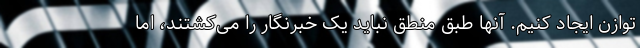
توازن ایجاد کنیم. آنها طبق منطق نباید یک خبرنگار را می‌کشتند، اما